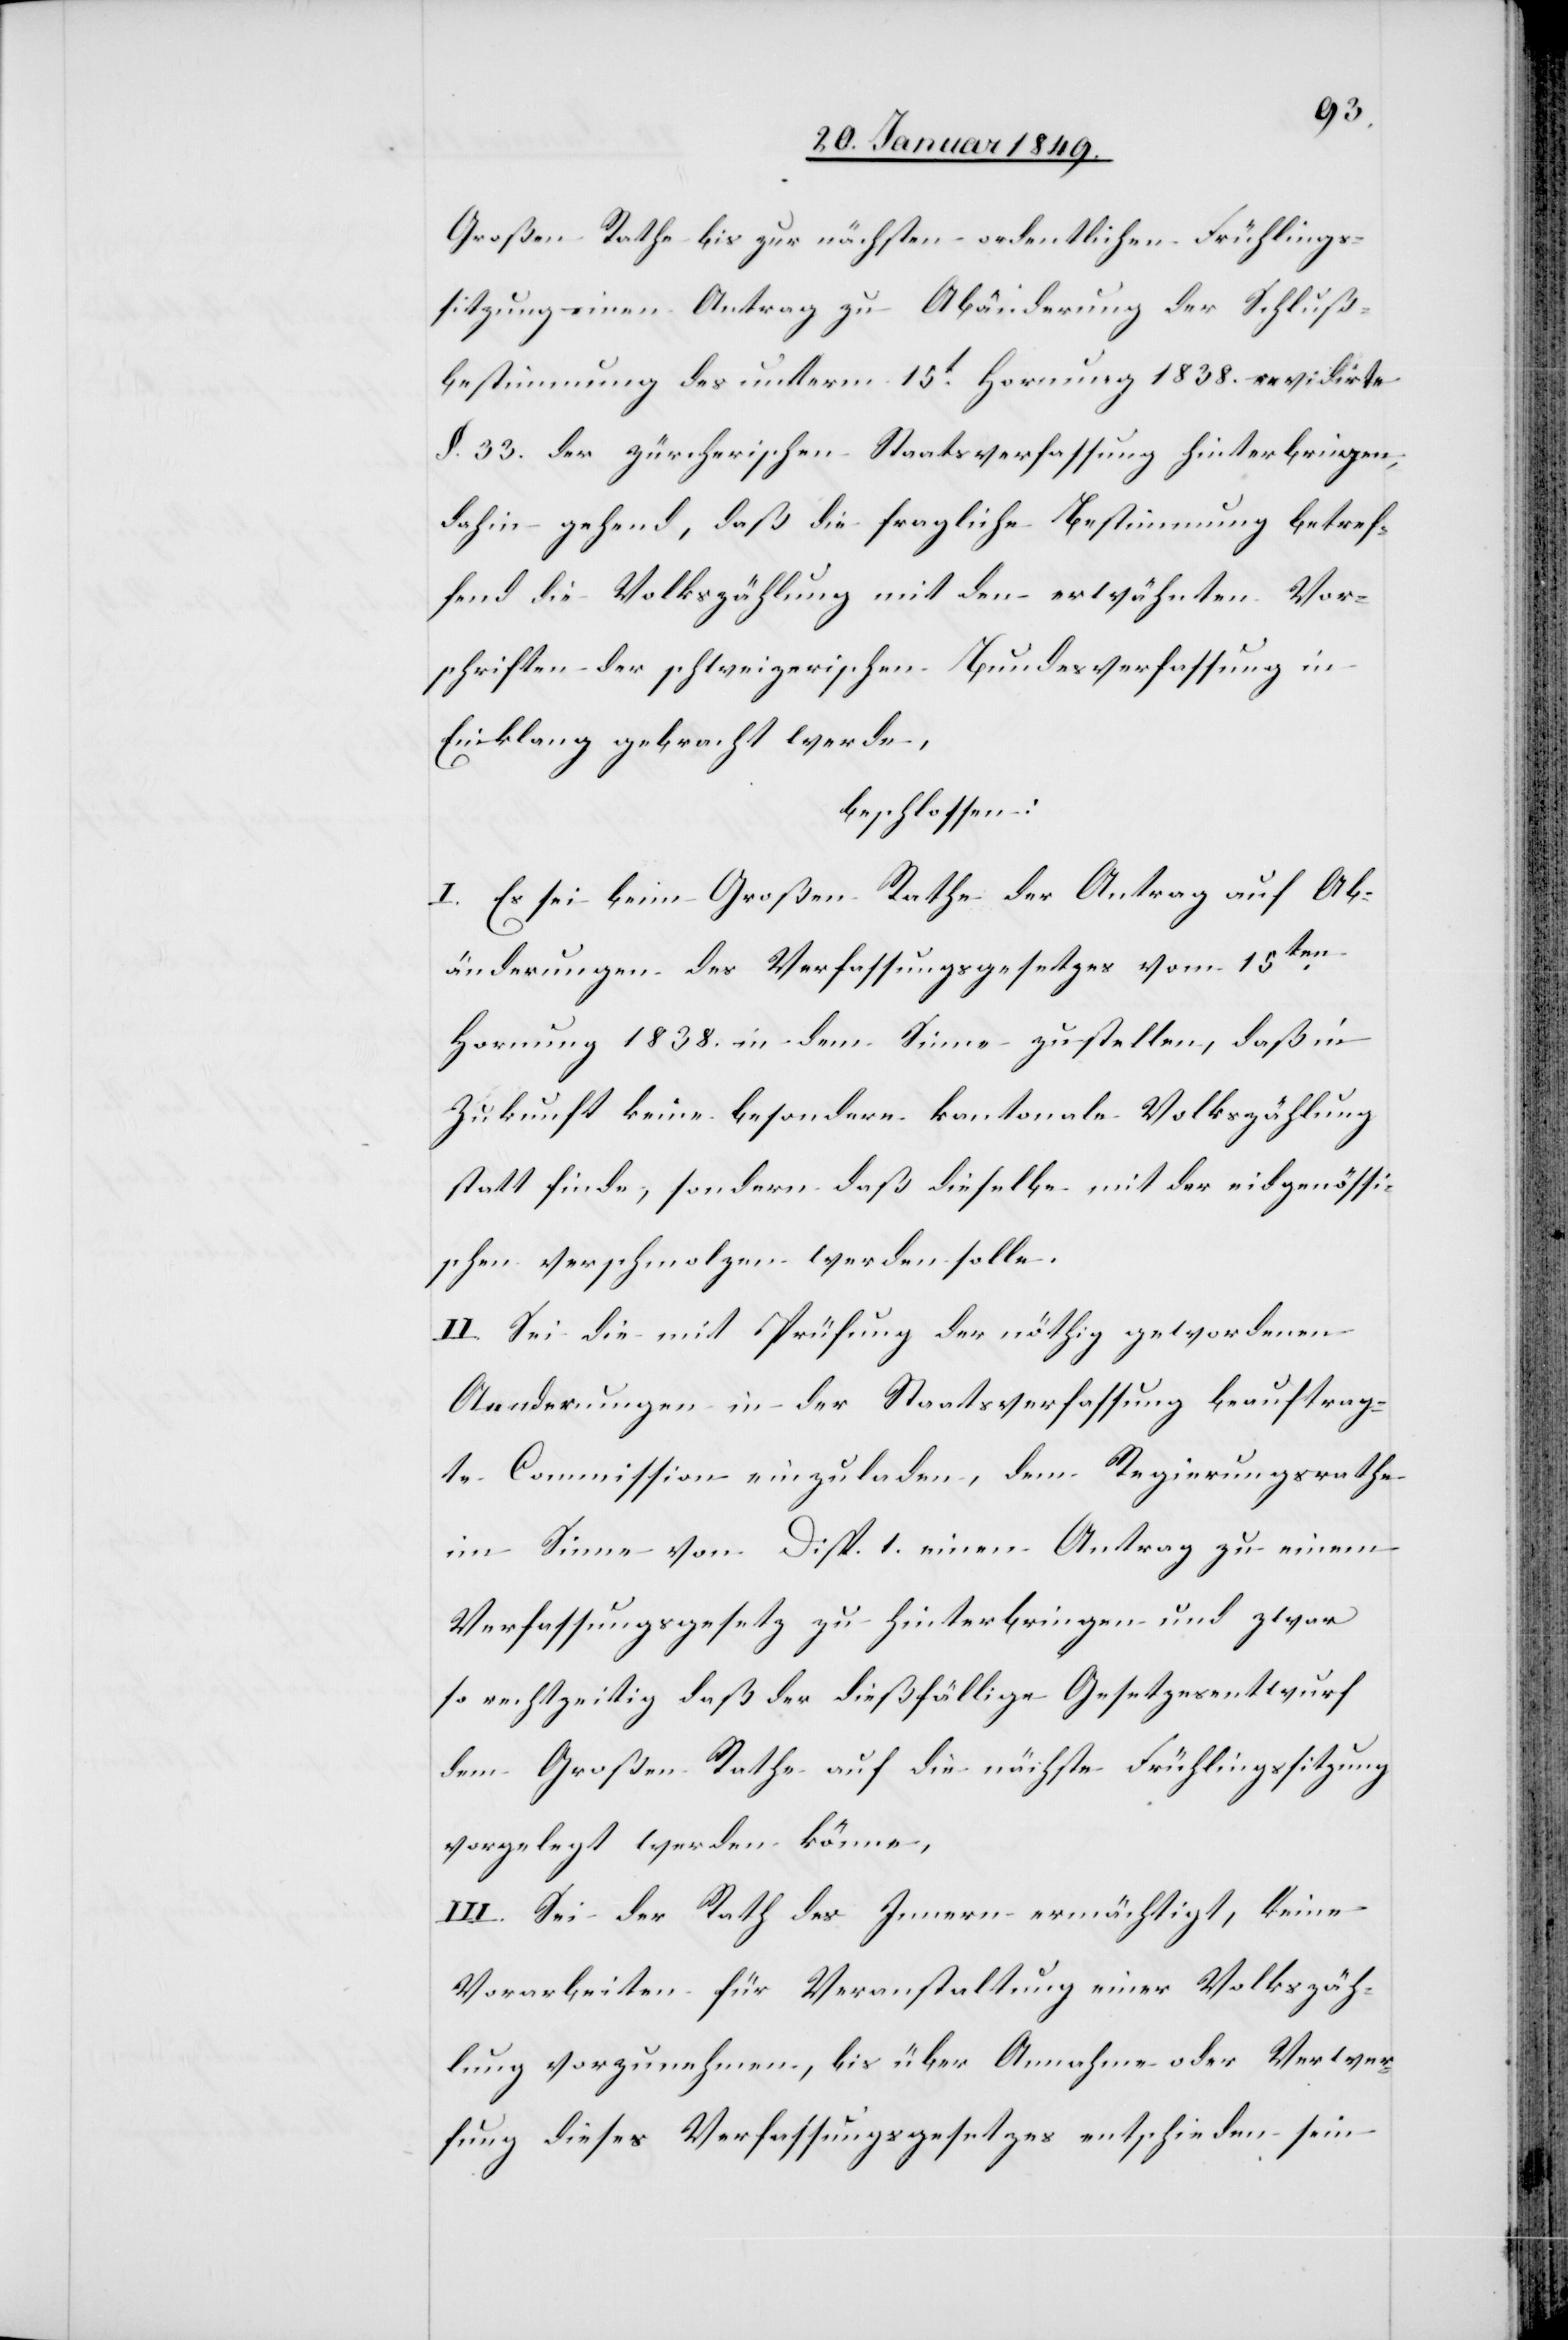
Großen Rathe bis zur nächsten ordentlichen Frühlings¬
sitzung einen Antrag zu Abänderung der Schluß¬
bestimmung des unterm 15t. Hornung 1838. revidirte
§. 33. der zürcherischen Staatsverfassung hinterbringen,
dahin gehend, daß die fragliche Bestimmung betref¬
fend die Volkszählung mit den erwähnten Vor¬
schriften der schweizerischen Bundesverfassung in
Einklang gebracht werde,
beschlossen:
I. Es sei beim Großen Rathe der Antrag auf Ab¬
änderungen des Verfassungsgesetzes vom 15ten.
Hornung 1838. in dem Sinne zu stellen, daß in
Zukunft keine besondere kantonale Volkszählung
statt finde, sondern daß dieselbe mit der eidgenössi¬
schen verschmolzen werden solle.
II. Sei die mit Prüfung der nöthig gewordenen
Aenderungen in der Staatsverfassung beauftrag¬
te Commission einzuladen, dem Regierungsrathe
im Sinne von Disp. 1. einen Antrag zu einem
Verfassungsgesetz zu hinterbringen und zwar
so rechtzeitig daß der dießfällige Gesetzesentwurf
dem Großen Rathe auf die nächste Frühlingssitzung
vorgelegt werden könne,
III. Sei der Rath des Innern ermächtigt, keine
Vorarbeiten für Veranstaltung einer Volkszäh¬
lung vorzunehmen, bis über Annahme oder Verwer¬
fung dieses Verfassungsgesetzes entschieden sein